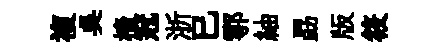
複吴檣冠浙已鄠紬勗版筱